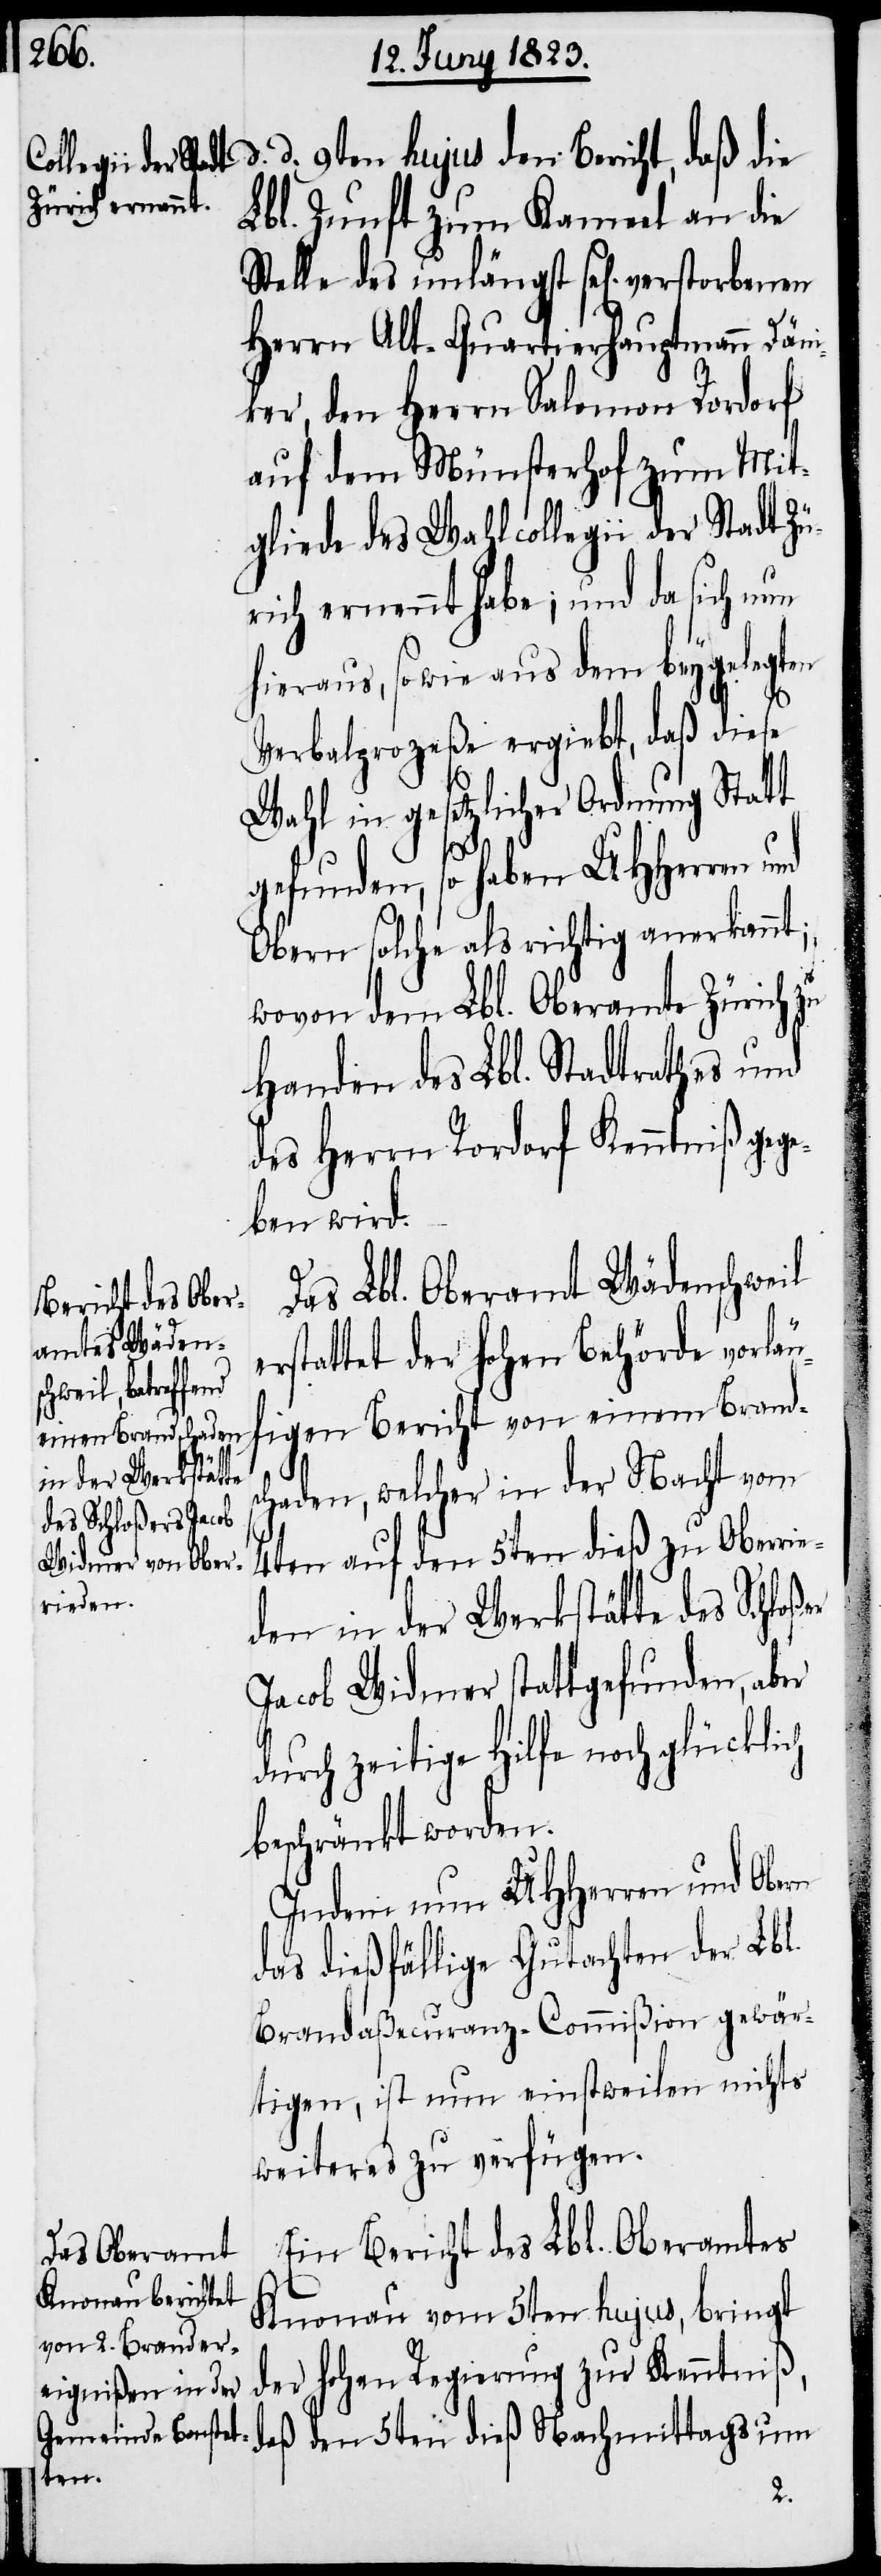
in der Werkstätte
des Schloßer
rieden
en

d. d. 9ten hujus den Bericht, daß die
Lbl. Zunft zum Kameel an die
Stelle des unlängst sel[ig] verstorben¬
Herrn Alt-Quartierhauptmann Däni¬
ker, den Herrn Salomon Rordorf
auf dem Münsterhof zum Mit¬
gliede des Wahlcollegii der Stadt Zü¬
rich ernennt habe; und da sich nun
hieraus, so wie aus dem beygelegten
Verbalprozeße ergiebt, daß diese
Wahl in gesetzlicher Ordnung Statt
e¬
gefunden, so haben UHHerren und
Obern solche als richtig anerkannt;
wovon dem Lbl. Oberamte Zürich zu
Handen des Lbl. Stadtrathes und
des Herrn Rordorf Kenntniß gege¬
ben wird.
Das Lbl. Oberamt Wädenschweil
rstattet der hohen Behörde vorläu¬
figen Bericht von einem Brands¬
chaden, welcher in der Nacht vom
4ten auf den 5ten dieß zu Ober¬
Jacob Widmer stattgefunden, aber
durch zeitige Hilfe noch glücklich
beschränkt worden.
Indem nun UHHerren und Obern
das dießfällige Gutachten der Lbl.
Brandaßecuranz-Commißion gewär¬
tigen, ist nun einstweilen nichts
weiteres zu verfügen.
Ein Bericht des Lbl. Oberamtes
Knonau vom 5ten hujus, bringt
der hohen Regierung zur Kenntniß,
daß den 5ten dieß Nachmittags um